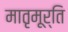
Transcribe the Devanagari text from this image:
मातृमूर्ति